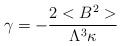
LaTeX: \begin{align*}\gamma = - \frac{2<B^2>}{\Lambda^3 \kappa}\end{align*}